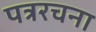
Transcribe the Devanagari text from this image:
पत्ररचना